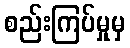
စည်းကြပ်မှုမှ